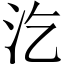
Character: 汔